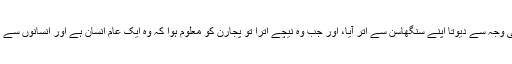
پجارن کے رقص کی وجہ سے دیوتا اپنے سنگھاسن سے اتر آیا، اور جب وہ نیچے اترا تو پجارن کو معلوم ہوا کہ وہ ایک عام انسان ہے اور انسانوں سے تو خوف کھاتے ہیں۔